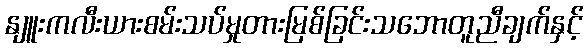
နျူးကလီးယားစမ်းသပ်မှုတားမြစ်ခြင်းသဘောတူညီချက်နှင့်